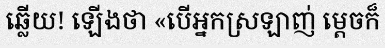
ឆ្លើយ! ឡើងថា «បើអ្នកស្រឡាញ់ ម្តេចក៏